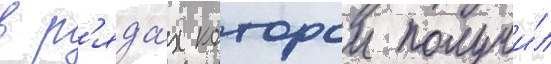
в р'яда́х которои получи́л